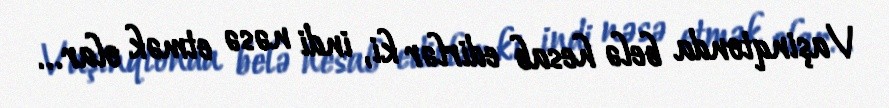
Vaşinqtonda belə hesab edirlər ki, indi nəsə etmək olar...